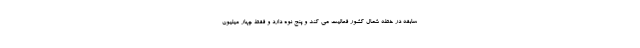
سابقه در خطه شمال کشور فعالیت می کند و پنج نوه دارد و فقط چهار میلیون